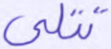
تتلى